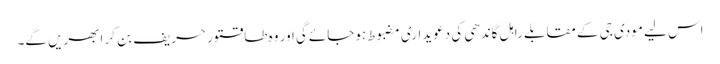
اس لیے مودی جی کے مقابلے راہل گاندھی کی دعویداری مضبوط ہوجائےگی اور وہ طاقتور حریف بن کر ابھریں گے۔